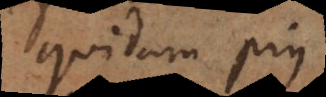
quidam pius